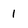
Character: 1